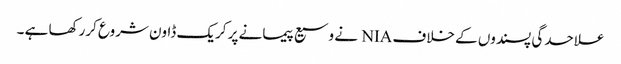
علاحدگی پسندوں کے خلاف NIA نے وسیع پیمانے پر کریک ڈاون شروع کررکھا ہے ۔